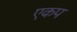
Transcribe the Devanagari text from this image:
एकप